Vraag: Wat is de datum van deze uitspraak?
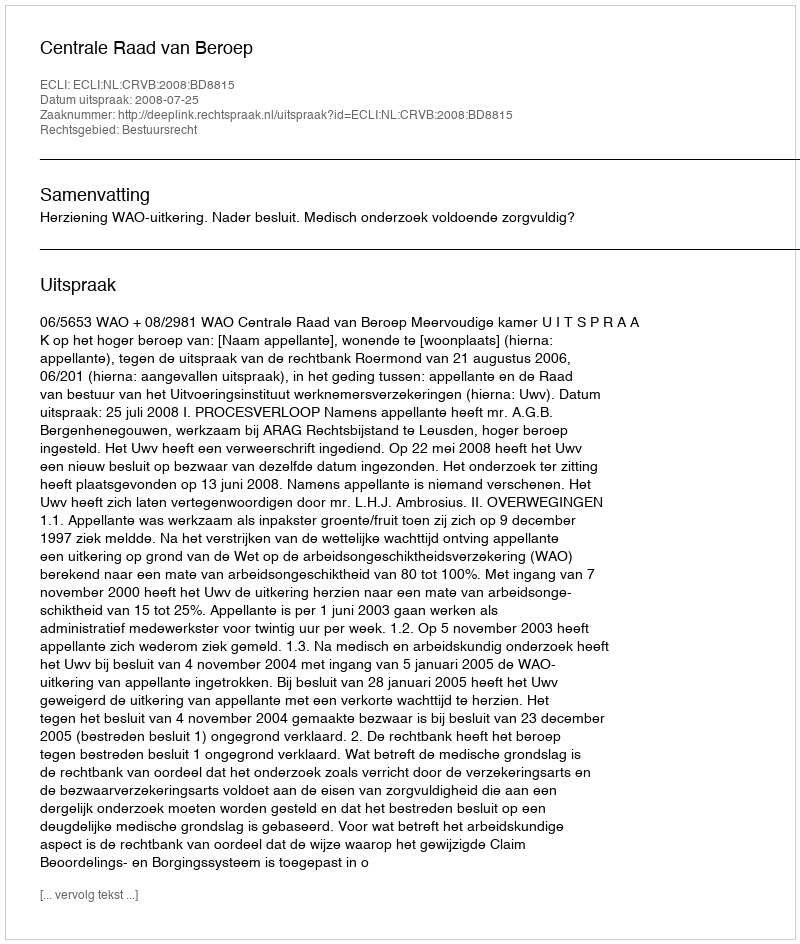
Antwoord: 2008-07-25